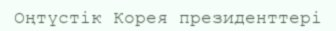
Оңтүстiк Корея президенттерi